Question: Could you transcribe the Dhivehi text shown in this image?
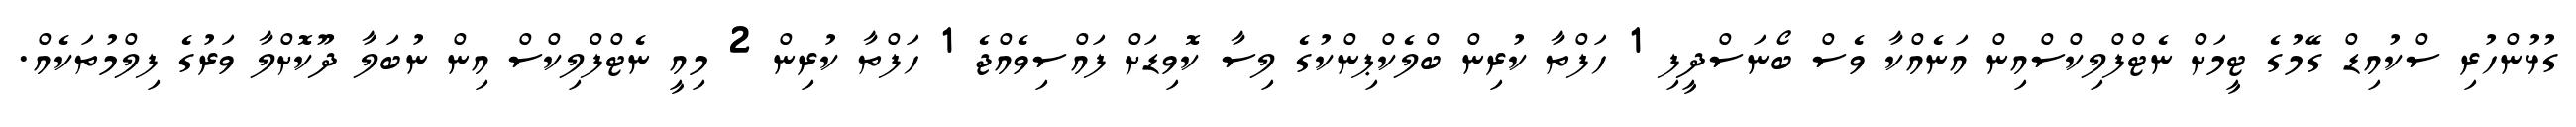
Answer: ގުޅުންހުރި ސްކުއިޑް ގޭމުގެ ޓީމަށް ނެޓްފްލިކްސްއިން އަނެއްކާ ވެސް ބޯނަސްދީފި 1 ހަފްތާ ކުރިން ބްލެކްޕިންކުގެ ލިސާ ކޮވިޑަށް ފައްސިވެއްޖެ 1 ހަފްތާ ކުރިން 2 މިއީ ނެޓްފްލިކްސް އިން ނުބަލާ ދޫކޮށްލާ ވަރުގެ ފިލްމުތަކެއް.